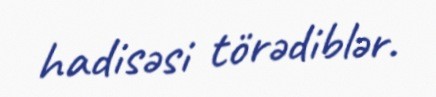
hadisəsi törədiblər.